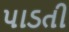
પાડતી